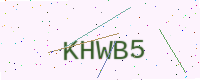
Text: KHWB5